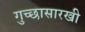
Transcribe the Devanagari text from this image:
गुच्छासारखी